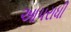
આપરાધી